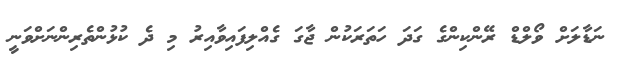
ނަޑާލަށް ވޯލްޑް ރޭންކިންގެ ގަދަ ހަތަރަކުން ޖާގަ ގެއްލިފައިވާއިރު މި ދެ ކުޅުންތެރިންނަށްވަނީ